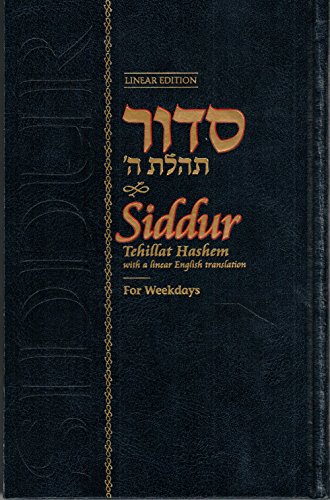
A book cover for Siddur Weekdays Linear Edition 5 1/2 x 8 1/2; Rabbi Schneur Zalman of Liadi; Religion & Spirituality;